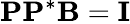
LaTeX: \mathbf{P}\mathbf{P}^{*}\mathbf{B}=\mathbf{I}